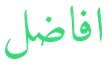
افاضل